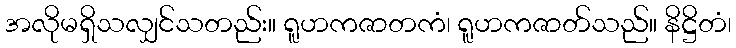
အလိုမရှိသလျှင်သတည်း။ ရူဟကဇာတကံ၊ ရူဟကဇာတ်သည်။ နိဋ္ဌိတံ၊